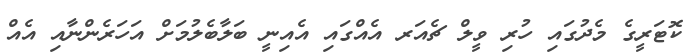
ކޮޓަރީގެ މެދުގައި ހުރި ވީލް ޗެއަރ އެއްގައި އެއިނީ ބަލާބެލުމަށް އަހަރެންނާއި އެއް